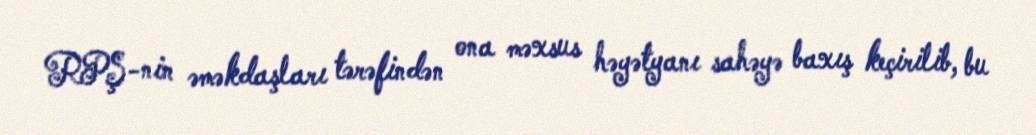
RPŞ-nin əməkdaşları tərəfindən ona məxsus həyətyanı sahəyə baxış keçirilib, bu